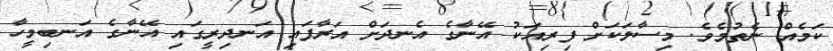
ކަމެއް ނެތުމެވެ. މިސާލަކަށް ފިރިއަކު އޭނާގެ އެނދަށް އަރާފައި އަނދިރީގައި އޭނާގެ އަނބިމީހާ